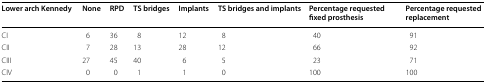
<table><thead><tr><td><b>Lower arch Kennedy</b></td><td><b>None</b></td><td><b>RPD</b></td><td><b>TS bridges</b></td><td><b>Implants</b></td><td><b>TS bridges and implants</b></td><td><b>Percentage requested fixed prosthesis</b></td><td><b>Percentage requested replacement</b></td></tr></thead><tbody><tr><td>CI</td><td>6</td><td>36</td><td>8</td><td>12</td><td>8</td><td>40</td><td>91</td></tr><tr><td>CII</td><td>7</td><td>28</td><td>13</td><td>28</td><td>12</td><td>66</td><td>92</td></tr><tr><td>CIII</td><td>27</td><td>45</td><td>40</td><td>6</td><td>5</td><td>23</td><td>71</td></tr><tr><td>CIV</td><td>0</td><td>0</td><td>1</td><td>1</td><td>0</td><td>100</td><td>100</td></tr></tbody></table>